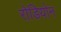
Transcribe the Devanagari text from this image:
रोडियोन